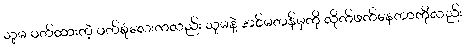
သူမ ဝတ်ထားတဲ့ ဝတ်စုံလေးကလည်း သူမနဲ့ အင်မတန်မှကို လိုက်ဖက်နေတာကိုလည်း